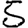
Digit: 5